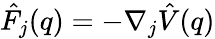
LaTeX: \hat{F}_{j}(q)=-\nabla_{j}\hat{V}(q)